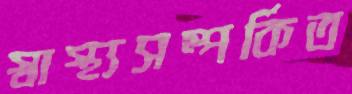
স্বাস্থ্যসম্পর্কিত